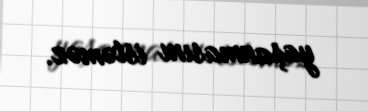
yaşanmasını istəməz.